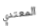
المعتدي